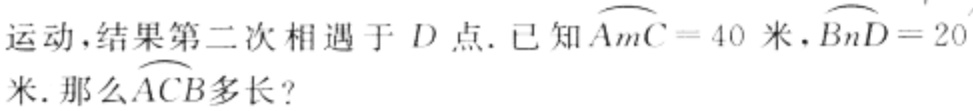
运动，结果第二次相遇于\(D\)点. 已知\(\overset{\frown}{AmC}=40\)米，\(\overset{\frown}{BnD}=20\)米. 那么\(\overset{\frown}{ACB}\)多长？